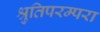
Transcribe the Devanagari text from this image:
श्रुतिपरम्परा